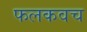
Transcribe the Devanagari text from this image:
फलकवच